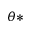
\theta *